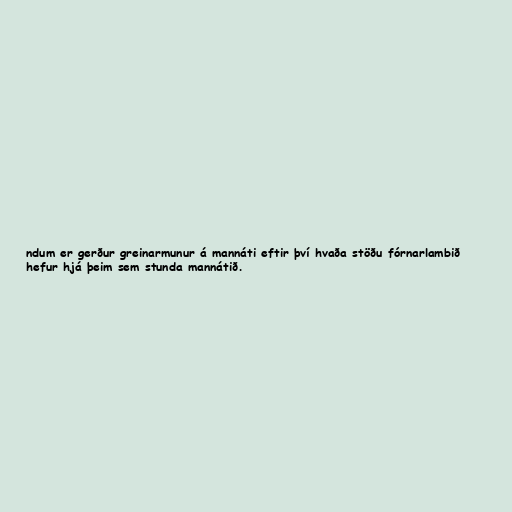
ndum er gerður greinarmunur á mannáti eftir því hvaða stöðu fórnarlambið
hefur hjá þeim sem stunda mannátið.